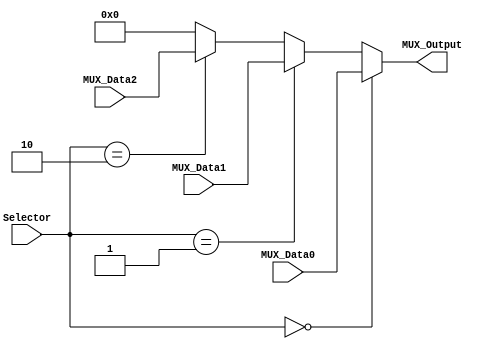
/******************************************************************
* Description
*	This is a  an 3to1 multiplexer that can be parameterized in its bit-width.
*	1.0
* Author:
*	Juan Jose de Anda Gutierrez
* Date:
*	05/02/2014
******************************************************************/

module Multiplexer3to1
#(
	parameter NBits=32
)
(
	input [1:0] Selector,
	input [NBits-1:0] MUX_Data0,
	input [NBits-1:0] MUX_Data1,
	input [NBits-1:0] MUX_Data2,
	
	output reg [NBits-1:0] MUX_Output

);

	always@(Selector,MUX_Data2,MUX_Data1,MUX_Data0) 
	begin
		if(Selector == 2'b00)
			MUX_Output = MUX_Data0;
		else if (Selector == 2'b01)
			MUX_Output = MUX_Data1;
		else if (Selector == 2'b10)
			MUX_Output = MUX_Data2;
		else
			MUX_Output = 0;
	end

endmodule